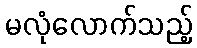
မလုံလောက်သည့်